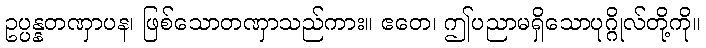
ဥပ္ပန္နတဏှာပန၊ ဖြစ်သောတဏှာသည်ကား။ ဧတေ၊ ဤပညာမရှိသောပုဂ္ဂိုလ်တို့ကို။